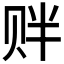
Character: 𲃁